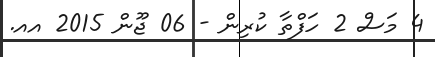
4 މަސް 2 ހަފްތާ ކުރިން - 06 ޖޫން 2015 އއ.